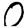
Digit: 0